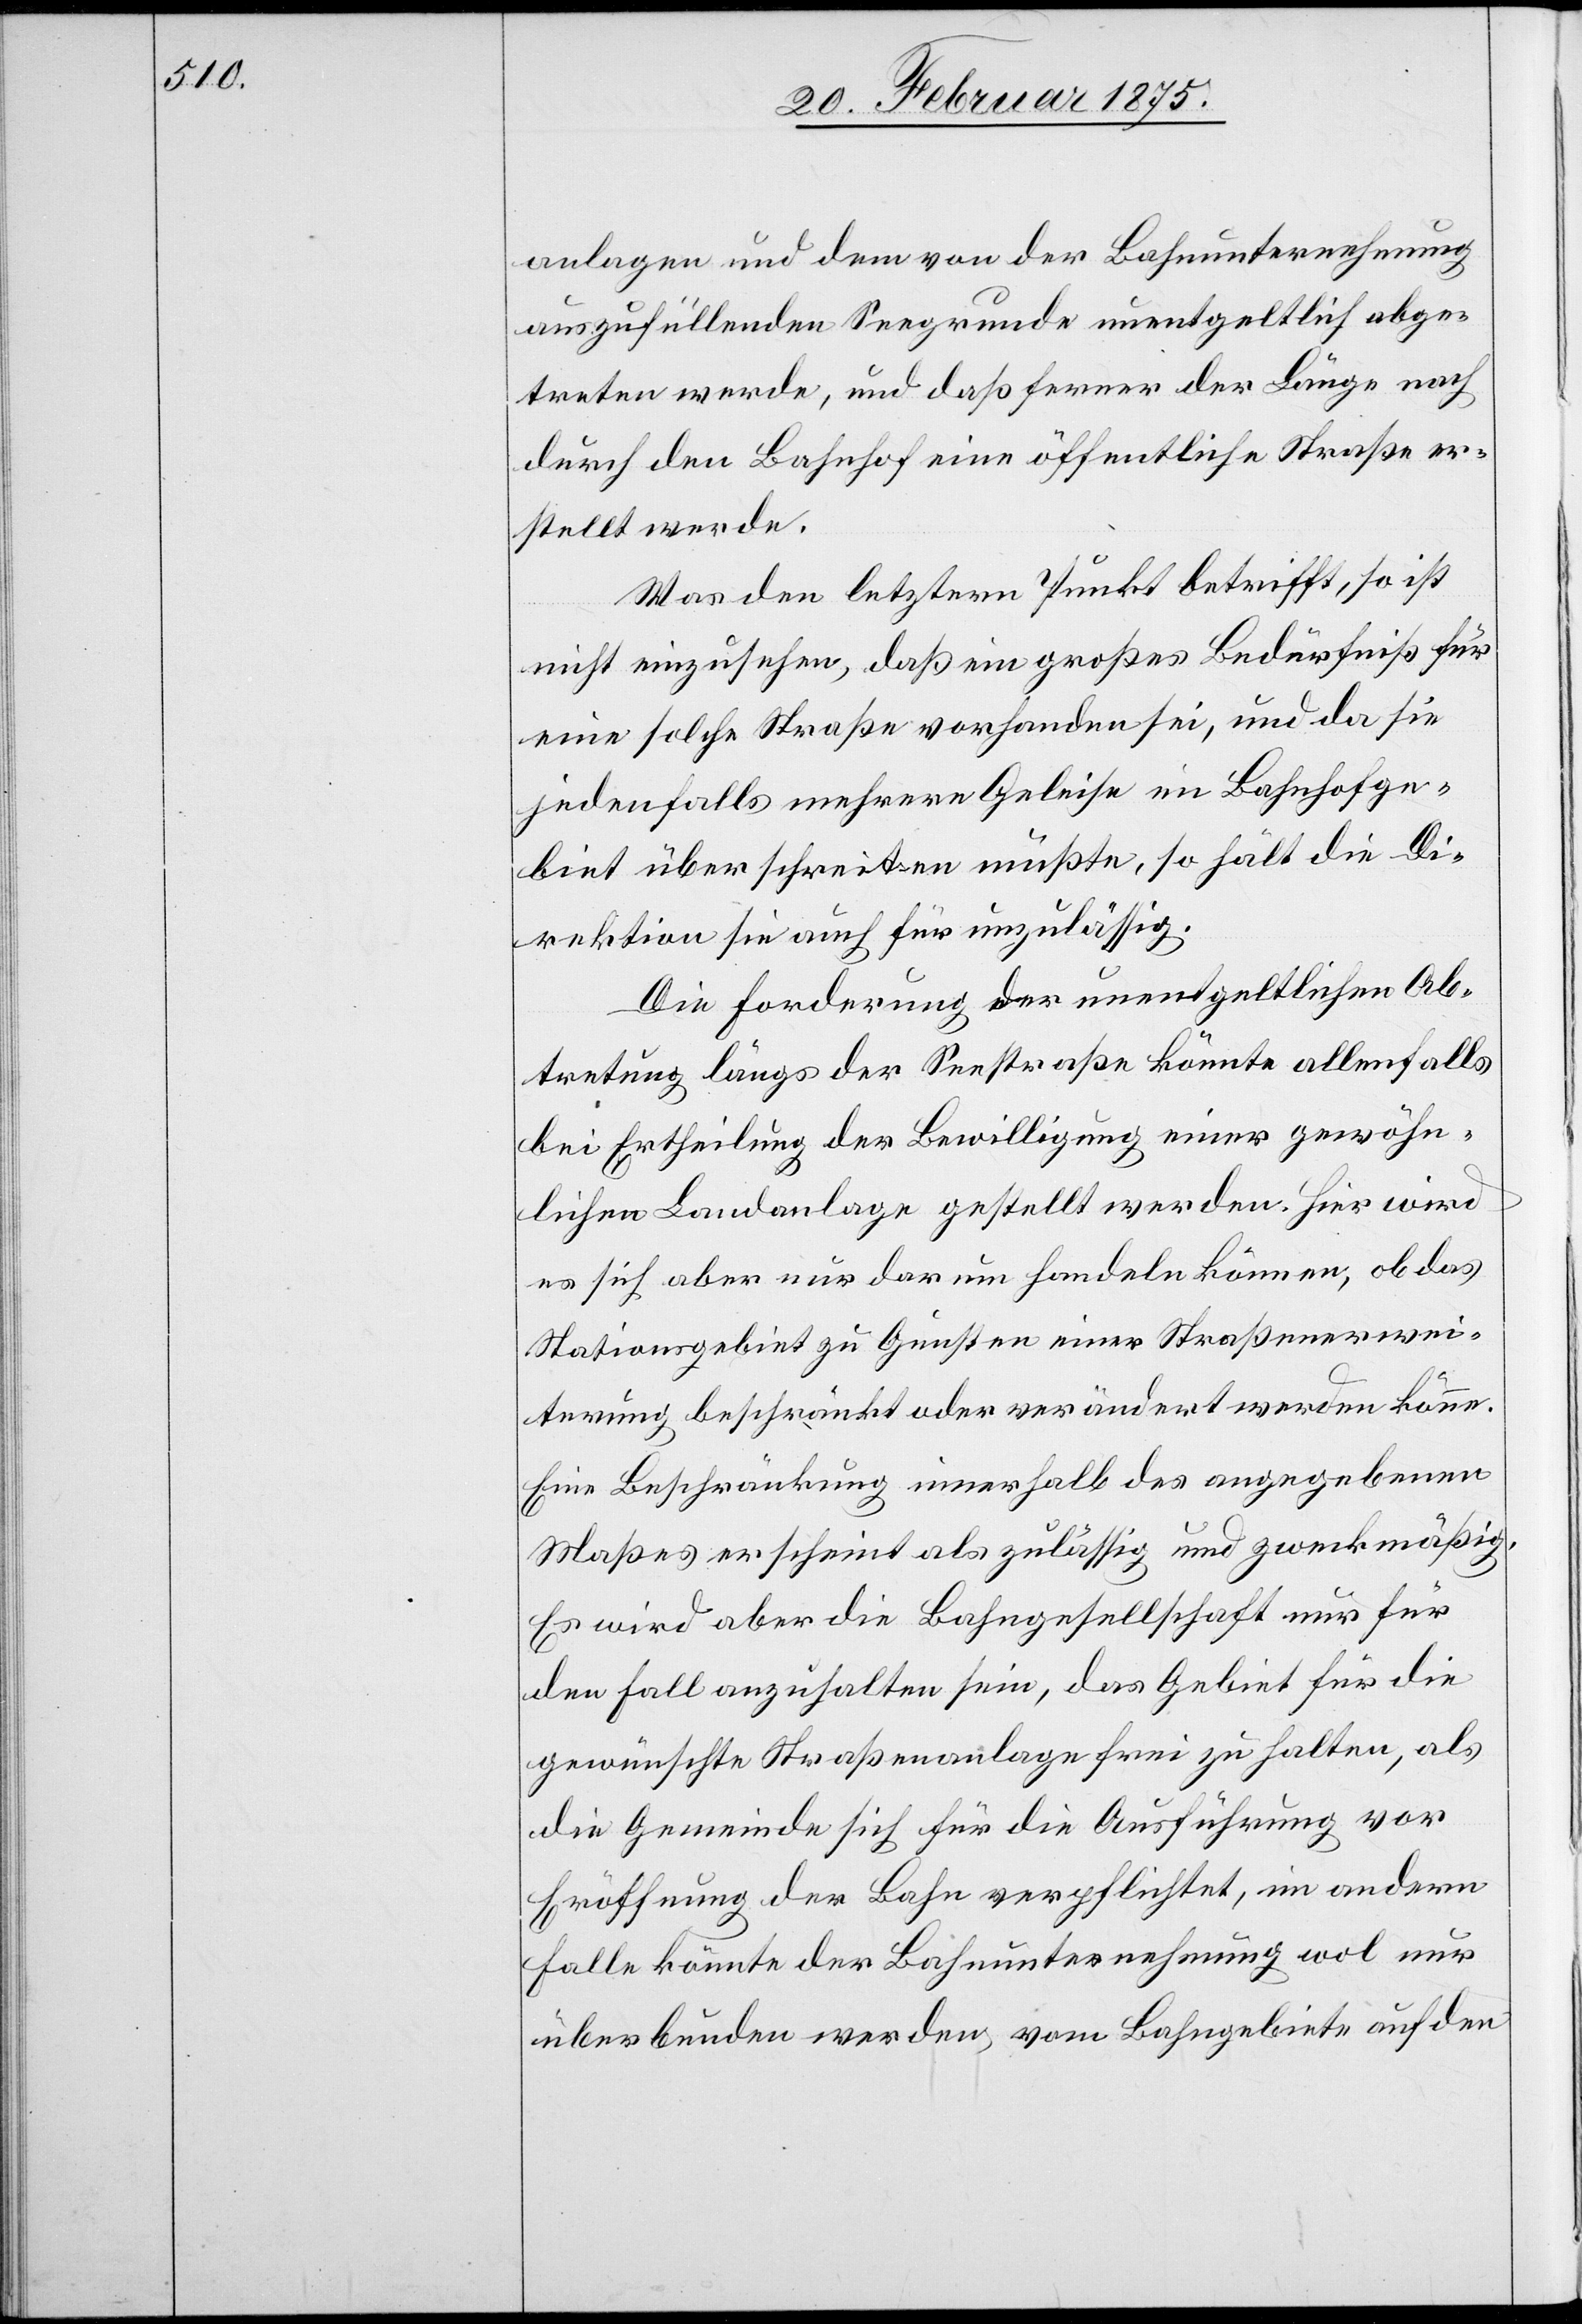
anlagen und dem von der Bahnunternehmung
auszufüllenden Seegrunde unentgeltlich abge¬
treten werde, und daß ferner der Länge nach
durch den Bahnhof eine öffentliche Straße er¬
stellt werde.
Was den letztern Punkt betrifft, so ist
nicht einzusehen, daß ein großes Bedürfniß für
eine solche Straße vorhanden sei, und da sie
jedenfalls mehrere Geleise im Bahnhofge¬
biet überschreiten müßte, so hält die Di¬
rektion sie auch für unzulässig.
Die Forderung der unentgeltlichen Ab¬
tretung längs der Seestraße könnte allenfalls
die Ertheilung der Bewilligung einer gewöhn¬
lichen Landanlage gestellt werden. Hier wird
es sich aber nur darum handeln können, ob das
Stationsgebiet zu Gunsten einer Straßenerwei¬
terung beschränkt oder verändert werden könne.
Eine Beschränkung innerhalb des angegebenen
Maßes erscheint als zulässig und zweckmäßig.
Es wird aber die Bahngesellschaft nur für
den Fall anzuhalten sein, das Gebiet für die
gewünschte Straßenanlage frei zu halten, als
die Gemeinde sich für die Ausführung vor
Eröffnung der Bahn verpflichtet, im anderm
Falle könnte der Bahnunternehmung wol nur
überbunden werden, vom Bahngebiete auf den